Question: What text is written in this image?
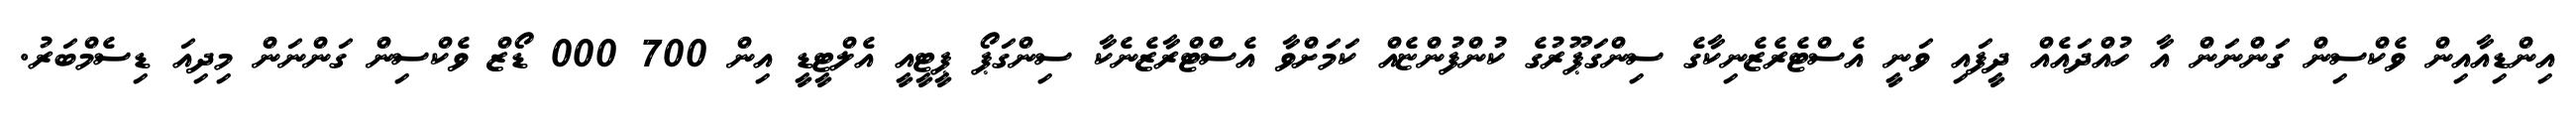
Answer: އިންޑިއާއިން ވެކްސިން ގަންނަން އާ ހުއްދައެއް ދީފައި ވަނީ އެސްޓެރެޒެނިކާގެ ސިންގަޕޫރުގެ ކުންފުންޏެއް ކަމަށްވާ އެސްޓްރާޒެނެކާ ސިންގަޕޯ ޕީޓީއީ އެލްޓީޑީ އިން 700 000 ޑޯޒް ވެކްސިން ގަންނަން މިދިއަ ޑިސެމްބަރު.